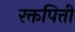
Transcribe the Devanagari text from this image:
रक्तपित्ती